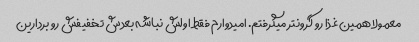
معمولا همین غذا رو گرونتر میگرفتم. امیدوارم فقط اولش نباشه بعدش تخفیفش رو بردارین